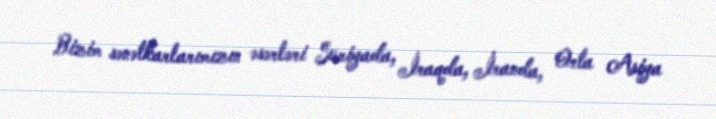
Bizim sənətkarlarımızın əsərləri Suriyada, İraqda, İranda, Orta Asiya